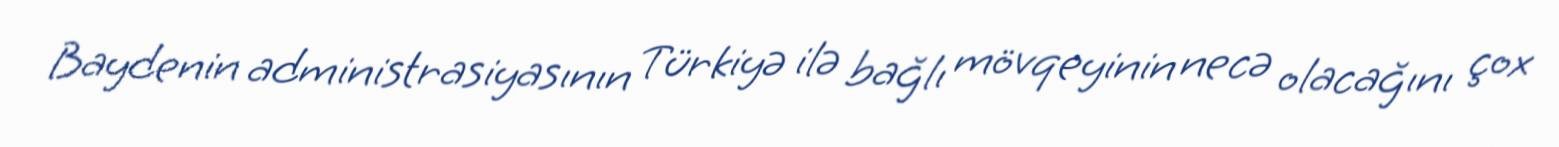
Baydenin administrasiyasının Türkiyə ilə bağlı mövqeyinin necə olacağını çox